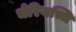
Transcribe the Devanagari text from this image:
चेरियच्चि